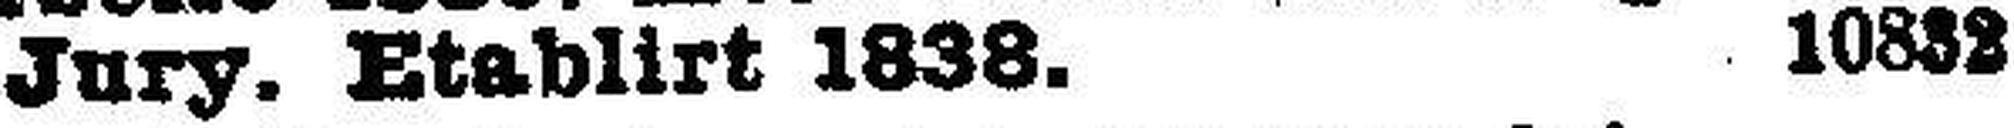
Jury. Etablirt 1838. 10832